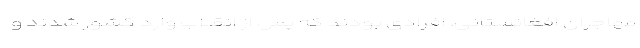
مهاجران افغانستانی، افرادی بودند که پس از انقلاب وارد کشور شدند و